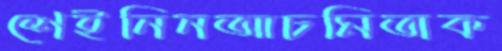
শেইনিনআচমিতাক